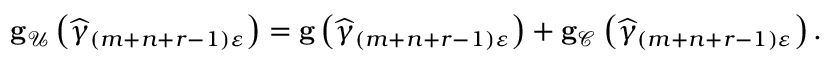
\begin{array} { r } { \mathbf { g } _ { \mathcal { U } } \left( \widehat { \gamma } _ { \left( m + n + r - 1 \right) \varepsilon } \right) = \mathbf { g } \left( \widehat { \gamma } _ { \left( m + n + r - 1 \right) \varepsilon } \right) + \mathbf { g } _ { \mathcal { C } } \left( \widehat { \gamma } _ { \left( m + n + r - 1 \right) \varepsilon } \right) . } \end{array}